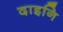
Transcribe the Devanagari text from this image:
दाइनि